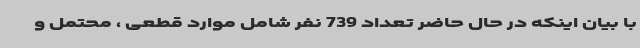
با بیان اینکه در حال حاضر تعداد 739 نفر شامل موارد قطعی ، محتمل و